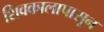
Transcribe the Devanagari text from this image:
शिवकालापासून